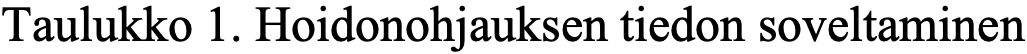
Taulukko 1. Hoidonohjauksen tiedon soveltaminen